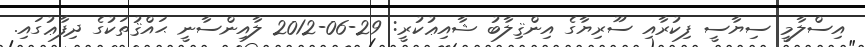
އިސްލާމީ ސިޔާސީ ފިކުރާއި ސޫރިޔާގެ އިންޤިލާބު ޝާއިޢުކުރީ: 29-06-2012 ލާއިންސާނީ ޙައްޤުތަކުގެ ދިފާޢުގައި.